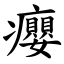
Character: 癭